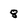
Character: 8